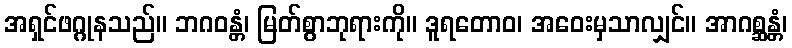
အရှင်ဖဂ္ဂုနသည်။ ဘဂဝန္တံ၊ မြတ်စွာဘုရားကို။ ဒူရတောဝ၊ အဝေးမှသာလျှင်။ အာဂစ္ဆန္တံ၊